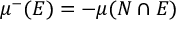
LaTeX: \mu ^ { - } ( E ) = - \mu ( N \cap E )